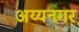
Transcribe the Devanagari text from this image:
अय्यनगर